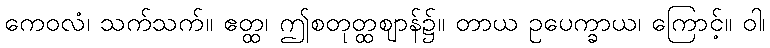
ကေဝလံ၊ သက်သက်။ ဧတ္ထ၊ ဤစတုတ္ထဈာန်၌။ တာယ ဥပေက္ခာယ၊ ကြောင့်။ ဝါ၊